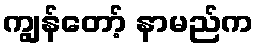
ကျွန်တော့် နာမည်က